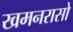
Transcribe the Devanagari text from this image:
खमनरासो